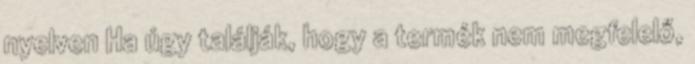
nyelven Ha úgy találják, hogy a termék nem megfelelő,